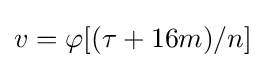
v=\varphi [(\tau +16m)/n]